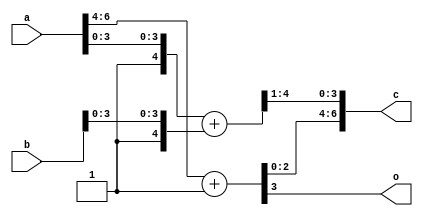
// Add two simple float 3 exp, 4 mant, unsigned
// SUPPOSE expA == expB 
// To compile
// iverilog adduf7ee.v 
//
// ./a.out  
//
// Exercise: 1- Add Overflow detection
// 2 - Add Round mantissa 0.5 -> +1
// 3 - Add Ea > Eb version  (without round, over detection)
// 4 - Any value of Ea and Eb

    module adduf7over(
        input  [6:0] a,
        input  [6:0] b,
        output [6:0] c,
	output o
        );
//   654  3210
//  +----+-----+  +----+-----+
//a |100 | 0000|  |100 |1000 | b
//  +-+--+--+--+  +----+---+-+
//    | ea  |              | 01mb
//    v     |  01ma        v
//  +-+--+  +----------->+-+--+
//  |add1|               | add|
//  +-+--+               +-+--+
//    |                    |
//    v    3210            v mc 6bits
//  +-+---+------+      +--+-----+
//c | 101 |0100  |      | 101000 |
//  +-----+--+---+      +--------+
//           ^            543210
//    654    |              +
//           |     sc       |
//           +<-------------+
        
   wire [2:0] ea;
   wire [3:0] ec;	
   assign ea = a[6:4];
   assign ec = ea + 1;   
   assign o = ec[3];	
   wire [5:0] mc,ma,mb;
   assign ma = {2'b01,a[3:0]};
   assign mb = {2'b01,b[3:0]};
   assign mc = ma + mb;
   wire [3:0]sc;
   assign sc = mc[4:1]; // just trunc....how to round ?
   assign c = {ec[2:0],sc};

    endmodule




    `timescale 1ns / 1ps
    module stimulus;
    	// Inputs
    	reg [6:0] a,b;
    	// Outputs
    	wire [6:0] c;
	wire over;
    	adduf7over uut (a,b,c,over);
        integer i;
     
    		initial begin
                 b = 7'b1001000; #1;
    		 $monitor("over %1b,ea=%3b,ma=%4b + eb=%3b,mb=%4b = ec=%3b,mc=%4b",over,a[6:4],a[3:0],b[6:4],b[3:0],c[6:4],c[3:0]);
                 a = 7'b1001000; #1;
		  b= 7'b1111000; #1;
		  a=7'b1111000; #1;
    		 end
     
    endmodule